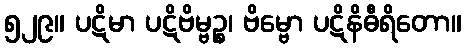
၅၂၉။ ပဋိမာ ပဋိဗိမ္ဗဉ္စ၊ ဗိမ္ဗော ပဋိနိဓီရိတော။